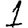
Digit: 1